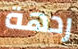
ردهة